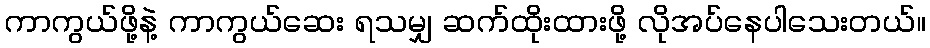
ကာကွယ်ဖို့နဲ့ ကာကွယ်ဆေး ရသမျှ ဆက်ထိုးထားဖို့ လိုအပ်နေပါသေးတယ်။